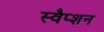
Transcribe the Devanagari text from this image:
स्वैप्शन